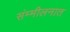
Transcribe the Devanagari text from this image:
संम्मीलनात